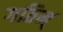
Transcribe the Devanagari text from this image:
गतिम्